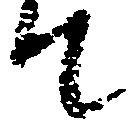
て